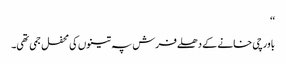
‘‘
باورچی خانے کے دھلے فرش پہ تینوں کی محفل جمی تھی۔